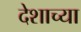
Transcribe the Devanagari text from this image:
देशाच्‍या